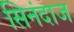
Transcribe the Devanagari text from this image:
सिनंदाज